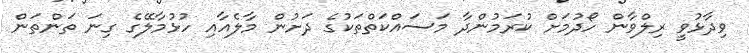
ވިދާޅުވީ ރިލްވާން ހޯދުމަށް ކުރަމުންދާ މަސައްކަތްތަކުގެ ދަށުން މާލެއާއި ހުޅުމާލޭގެ ގިނަ ތަންތަން